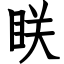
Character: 眹